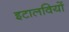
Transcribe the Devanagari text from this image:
इटालवियों